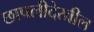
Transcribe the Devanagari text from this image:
छापलीदेखील